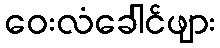
ဝေးလံခေါင်ဖျား